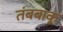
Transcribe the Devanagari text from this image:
तंबबाकू